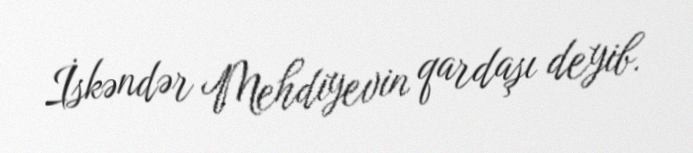
İskəndər Mehdiyevin qardaşı deyib.